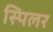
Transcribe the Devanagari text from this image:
स्पिलर